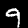
Label: 9